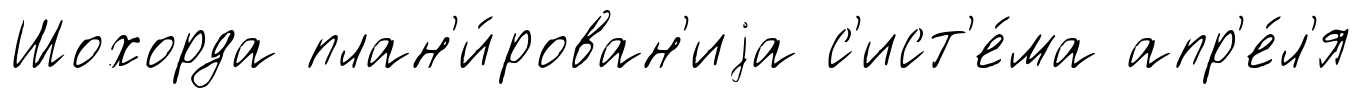
Шохорда план'и́рован'иjа с'ист'е́ма апр'е́л'я